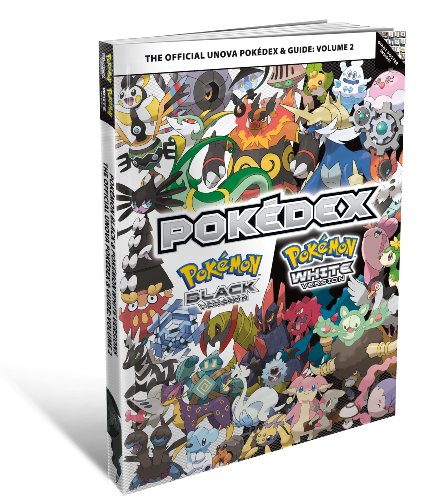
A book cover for The Offical Unova Pokedex & Guide, Volume 2: Pokemon Black Version/Pokemon White Version; The Pokemon Company; Computers & Technology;